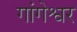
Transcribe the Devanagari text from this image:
गांगेश्वर